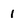
Character: 1